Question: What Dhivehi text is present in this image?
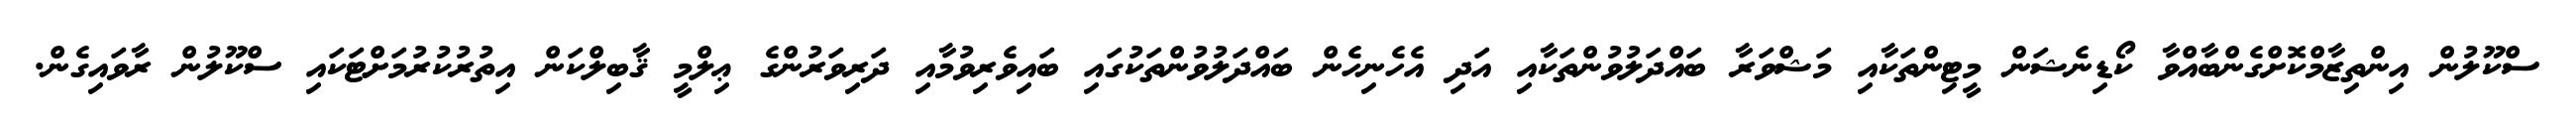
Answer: ސްކޫލުން އިންތިޒާމްކޮށްގެންބާއްވާ ކޯޑިނެޝަން މީޓިންތަކާއި މަޝްވަރާ ބައްދަލުވުންތަކާއި އަދި އެހެނިހެން ބައްދަލުވުންތަކުގައި ބައިވެރިވުމާއި ދަރިވަރުންގެ ޢިލްމީ ޤާބިލްކަން އިތުރުކުރުމަށްޓަކައި ސްކޫލުން ރާވައިގެން.